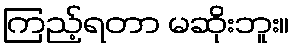
ကြည့်ရတာ မဆိုးဘူး။